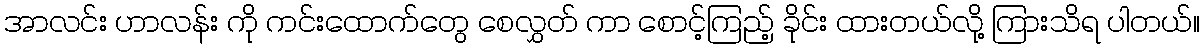
အာလင်း ဟာလန်း ကို ကင်းထောက်တွေ စေလွှတ် ကာ စောင့်ကြည့် ခိုင်း ထားတယ်လို့ ကြားသိရ ပါတယ်။